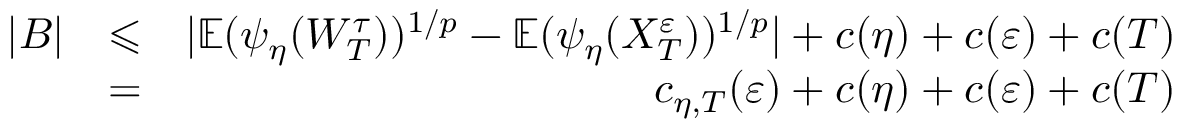
\begin{array} { r l r } { | B | } & { \leqslant } & { | \mathbb { E } ( \psi _ { \eta } ( W _ { T } ^ { \tau } ) ) ^ { 1 / p } - \mathbb { E } ( \psi _ { \eta } ( X _ { T } ^ { \varepsilon } ) ) ^ { 1 / p } | + c ( \eta ) + c ( \varepsilon ) + c ( T ) } \\ & { = } & { c _ { \eta , T } ( \varepsilon ) + c ( \eta ) + c ( \varepsilon ) + c ( T ) } \end{array}